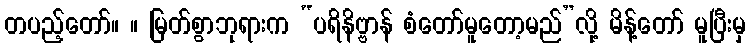
တပည့်တော်။ ။ မြတ်စွာဘုရားက “ပရိနိဗ္ဗာန် စံတော်မူတော့မည်”လို့ မိန့်တော် မူပြီးမှ